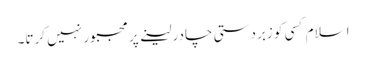
اسلام کسی کو زبردستی چادر لینے پر مجبور نہیں کرتا۔